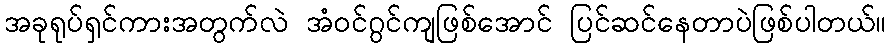
အခုရုပ်ရှင်ကားအတွက်လဲ အံဝင်ဂွင်ကျဖြစ်အောင် ပြင်ဆင်နေတာပဲဖြစ်ပါတယ်။